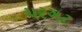
પરગટ